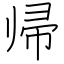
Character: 帰